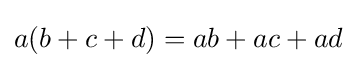
a(b+c+d)=ab+ac+ad